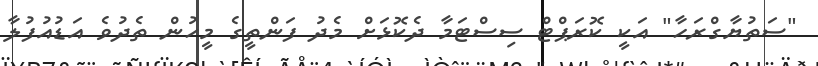
"ސަތުޔާގްރަހާ" އަކީ ކޮރަޕްޓް ސިސްޓަމާ ދެކޮޅަށް މެދު ފަންތީގެ މީހުން ތެދުވެ އަޑުއުފުލާ